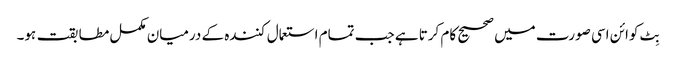
بِٹ کوائن اسی صورت میں صحیح کام کرتا ہے جب تمام استعمال کنندہ کے درمیان مکمل مطابقت ہو۔